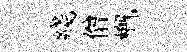
綫僧槪